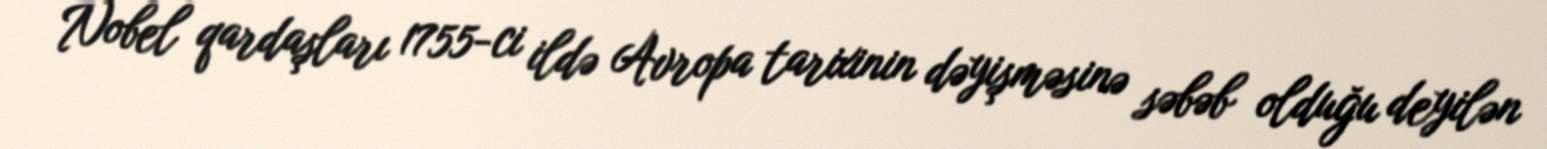
Nobel qardaşları 1755-ci ildə Avropa tarixinin dəyişməsinə səbəb olduğu deyilən